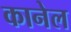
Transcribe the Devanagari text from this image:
कानेल